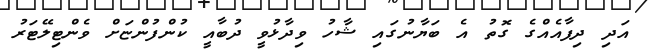
އަދި ދިފާއެއްގެ ގޮތު އެ ބަޔާނުގައި ޝާހު ވިދާޅުވީ ދުބާއީ ކުންފުންޏަށް ވެންޓިލޭޓަރު